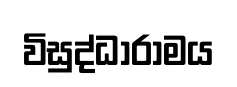
විසුද්ධාරාමය